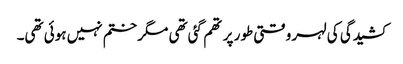
کشیدگی کی لہر وقتی طور پر تھم گئی تھی مگر ختم نہیں ہوئی تھی۔